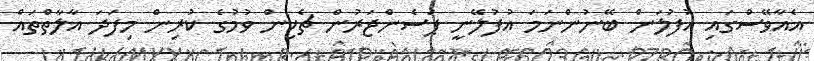
އެއާވޭސްގައި އުފުލަން ބޭނުންނަމަ އުފުލޭނީ ޕަސެންޖަރުން ޗެކިން ވުމުގެ ކުރިން މިފަދަ އާލާތްތައް